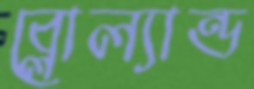
ব্লোল্যান্ড